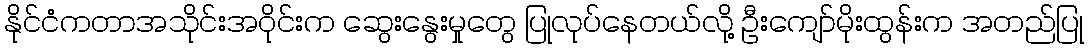
နိုင်ငံကတာအသိုင်းအ၀ိုင်းက ဆွေးနွေးမှုတွေ ပြုလုပ်နေတယ်လို့ ဦးကျော်မိုးထွန်းက အတည်ပြု